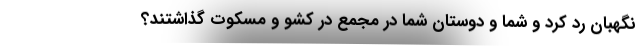
نگهبان رد کرد و شما و دوستان شما در مجمع در کشو و مسکوت گذاشتند؟